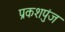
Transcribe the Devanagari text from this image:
प्रकशपुंज